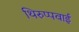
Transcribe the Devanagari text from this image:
थिरुप्पवाई